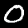
Digit: 0